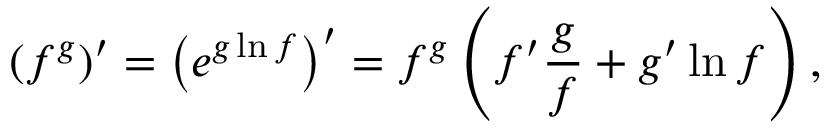
( f ^ { g } ) ^ { \prime } = \left( e ^ { g \ln f } \right) ^ { \prime } = f ^ { g } \left( f ^ { \prime } { \frac { g } { f } } + g ^ { \prime } \ln f \right) , \quad